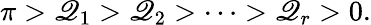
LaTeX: \pi>\mathscr{Q}_{1}>\mathscr{Q}_{2}>\cdots>\mathscr{Q}_{r}>0.